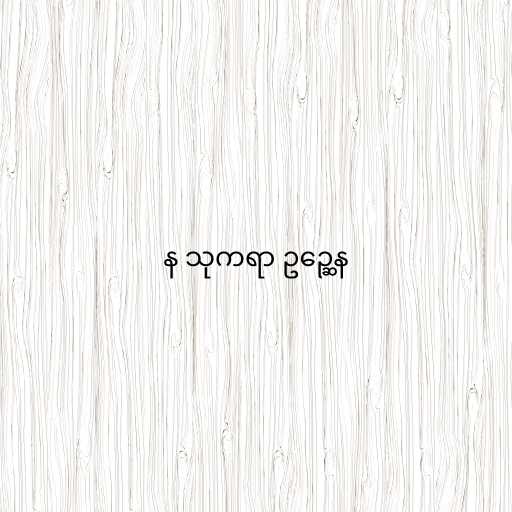
န သုကရာ ဥဉ္ဆေန